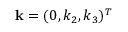
{ \bf k } = ( 0 , k _ { 2 } , k _ { 3 } ) ^ { T }